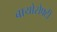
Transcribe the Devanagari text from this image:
बायोसेफ्टी